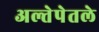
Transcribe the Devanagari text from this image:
अल्तेपेतले